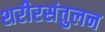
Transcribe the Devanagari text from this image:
शरीरसंतुलन